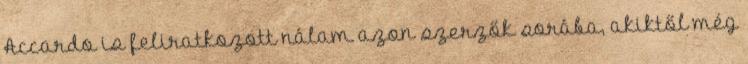
Accardo is feliratkozott nálam azon szerzők sorába, akiktől még